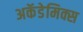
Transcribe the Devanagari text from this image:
अकॅडेमिक्स